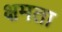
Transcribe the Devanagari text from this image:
क्षमता